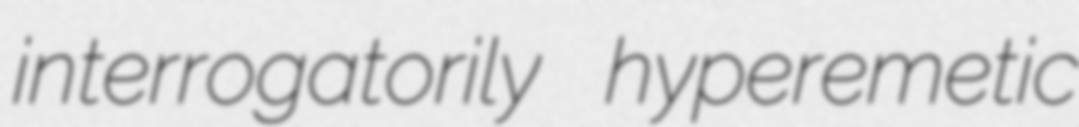
interrogatorily hyperemetic